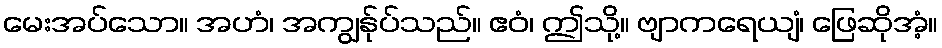
မေးအပ်သော။ အဟံ၊ အကျွန်ုပ်သည်။ ဧဝံ၊ ဤသို့။ ဗျာကရေယျံ၊ ဖြေဆိုအံ့။